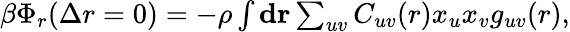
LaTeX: \begin{array}{r}{\beta\Phi_{r}(\Delta r=0)=-\rho\int{{\mathbf{dr}}\sum_{uv}C_{uv}(r){x_{u}x_{v}}g_{uv}(r)},}\end{array}